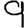
Digit: 9